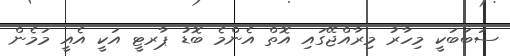
ސަބަބަކީ މިހާރު މިރާއްޖޭގައި އޮތް އެންމެ ބޮޑު ޕާރޓީ އަކީ އެއީ މަމެން